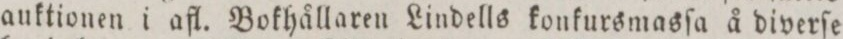
auktionen i afl. Bokhållaren Lindells konkursmasſa å diverſe